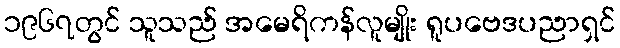
၁၉၆၇တွင် သူသည် အမေရိကန်လူမျိုး ရူပဗေဒပညာရှင်